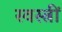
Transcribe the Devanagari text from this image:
स्वस्त्रीं